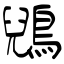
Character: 鶂